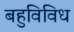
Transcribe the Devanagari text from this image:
बहुविविध